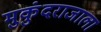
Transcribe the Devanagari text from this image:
मुकुंदराजाला